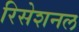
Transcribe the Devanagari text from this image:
रिसेशनल